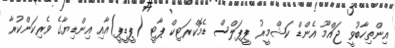
އިންތިހާބުވީ ޖައްމޫ އެންޑް ކަޝްމީރު ޕީޕަލްސް ޑެމޮކްރަޓިކް ޕާޓީ (ޕީޑީޕީ)އާއި އިންޑިޔާގެ ވެރިކަންކުރާ